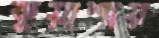
কুয়াশায়